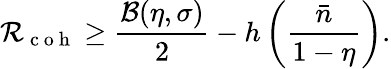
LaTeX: \mathcal{R}_{\mathrm{{~c~o~h~}}}\geq\frac{{\mathcal{{B}}(\eta,\sigma)}}{{2}}-h\left(\frac{{\bar{{n}}}}{{1-\eta}}\right).